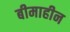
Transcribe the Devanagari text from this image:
बीमाहीन